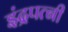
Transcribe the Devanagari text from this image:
इंद्रपत्‍नी